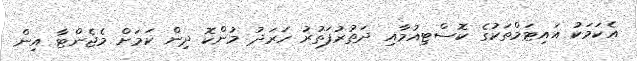
އެކަމަކު އައިޓަމްތަކުގެ ކޮސްޓިއުމާއި ދަތުރުފަތުރު ހަރަދު މުންކޮ ދިން ކަމަށް މެޖެންޓާ އިން